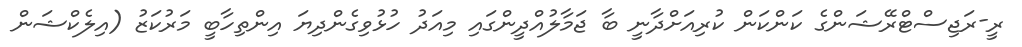
ރީ-ރަޖިސްޓްރޭޝަންގެ ކަންކަން ކުރިއަށްދާނީ ބާ ޖަމާލުއްދީންގައި މިއަދު ހުޅުވިގެންދިޔަ އިންތިހާބީ މަރުކަޒު (އިލެކްޝަން